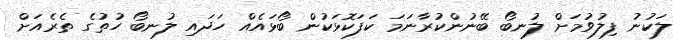
ލަކުނު ފިލުވުމަށް ލުނބޯ ބޭނުންކުރާނަމަ ކަފަކޮޅަކުން ބޯޅައެއް ހަދައި ލުނބޯ ހުތުގެ ތެރެއަށް